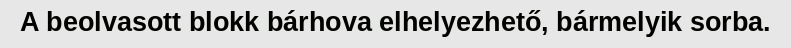
A beolvasott blokk bárhova elhelyezhető, bármelyik sorba.